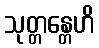
သုတ္တန္တေဟိ